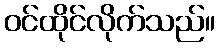
ဝင်ထိုင်လိုက်သည်။